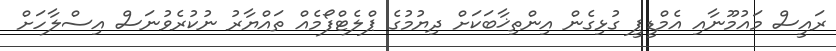
ރައީސް މައުމޫނާއި އެމްޑީޕީ ގުޅިގެން އިންތިޚާބަކަށް ދިޔުމުގެ ޕްލެޓްފޯމެއް ތައްޔާރު ނުކުރެވުނަސް އިސްލާހަށް